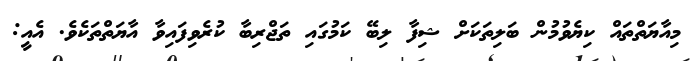
މިއާޔަތްތައް ކިޔެވުމުން ބަލިތަކަށް ޝިފާ ލިބޭ ކަމުގައި ތަޖްރިބާ ކުރެވިފައިވާ އާޔަތްތަކެވެ. އެއީ: